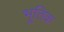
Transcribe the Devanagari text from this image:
भूतिक